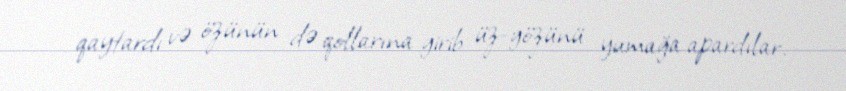
qaytardı və özünün də qollarına girib üz-gözünü yumağa apardılar.